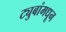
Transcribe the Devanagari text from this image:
ट्युबांमधून